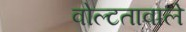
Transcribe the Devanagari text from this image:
वोल्टतावाले